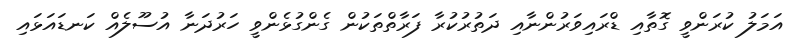
އަމަލު ކުރަންވީ ގޮތާއި ޑްރައިވަރުންނާއި ދަތުރުކުރާ ފަރާތްތަކުން ގެންގުޅެންވީ ހަރުދަނާ އުސޫލެއް ކަނޑައަޅައި